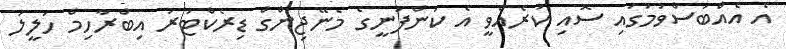
އެ އެއްބަސްވުމުގައި ސޮއި ކުރެއްވީ އެ ކުންފުނީގެ މެނޭޖިންގް ޑިރެކްޓަރު އިބްރާހިމް ހަލީލު